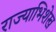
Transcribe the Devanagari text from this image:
राज्याभिशेख